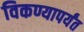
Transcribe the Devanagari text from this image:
विकण्यापर्यंत